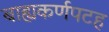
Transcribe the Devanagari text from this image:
बाह्यकर्णपटह